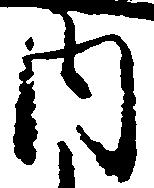
内